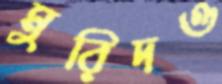
মুরিদও